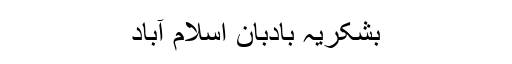
بشکریہ بادبان اسلام آباد